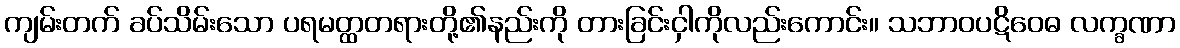
ကျမ်းတက် ခပ်သိမ်းသော ပရမတ္ထတရားတို့၏နည်းကို တားခြင်းငှါကိုလည်းကောင်း။ သဘာဝပဋိဝေဓ လက္ခဏာ